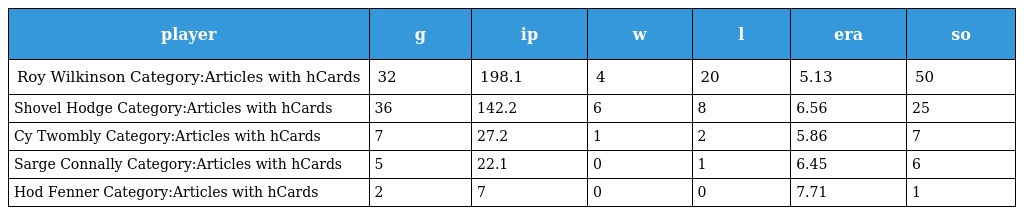
| player | g | ip | w | l | era | so |
 | --- | --- | --- | --- | --- | --- | --- |
 | Roy Wilkinson Category:Articles with hCards | 32 | 198.1 | 4 | 20 | 5.13 | 50 |
 | Shovel Hodge Category:Articles with hCards | 36 | 142.2 | 6 | 8 | 6.56 | 25 |
 | Cy Twombly Category:Articles with hCards | 7 | 27.2 | 1 | 2 | 5.86 | 7 |
 | Sarge Connally Category:Articles with hCards | 5 | 22.1 | 0 | 1 | 6.45 | 6 |
 | Hod Fenner Category:Articles with hCards | 2 | 7 | 0 | 0 | 7.71 | 1 |